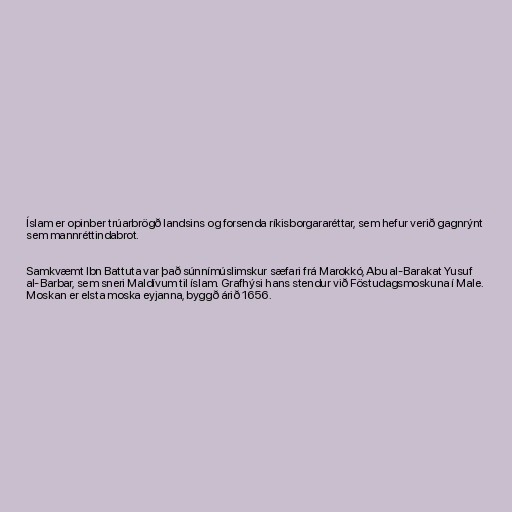
Íslam er opinber trúarbrögð landsins og forsenda ríkisborgararéttar, sem hefur verið gagnrýnt
sem mannréttindabrot.

Samkvæmt Ibn Battuta var það súnnímúslimskur sæfari frá Marokkó, Abu al-Barakat Yusuf
al-Barbar, sem sneri Maldívum til íslam. Grafhýsi hans stendur við Föstudagsmoskuna í Male.
Moskan er elsta moska eyjanna, byggð árið 1656.